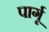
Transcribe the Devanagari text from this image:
पार्गू